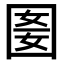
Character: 𡇭